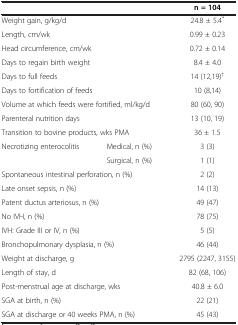
<table><thead><tr><td colspan="2"><b> </b></td><td><b>n = 104</b></td></tr></thead><tbody><tr><td colspan="2">Weight gain, g/kg/d</td><td>24.8 ± 5.4<sup>*</sup></td></tr><tr><td colspan="2">Length, cm/wk</td><td>0.99 ± 0.23</td></tr><tr><td colspan="2">Head circumference, cm/wk</td><td>0.72 ± 0.14</td></tr><tr><td colspan="2">Days to regain birth weight</td><td>8.4 ± 4.0</td></tr><tr><td colspan="2">Days to full feeds</td><td>14 (12,19)<sup>†</sup></td></tr><tr><td colspan="2">Days to fortification of feeds</td><td>10 (8,14)</td></tr><tr><td colspan="2">Volume at which feeds were fortified, ml/kg/d</td><td>80 (60, 90)</td></tr><tr><td colspan="2">Parenteral nutrition days</td><td>13 (10, 19)</td></tr><tr><td colspan="2">Transition to bovine products, wks PMA</td><td>36 ± 1.5</td></tr><tr><td>Necrotizing enterocolitis</td><td>Medical, n (%)</td><td>3 (3)</td></tr><tr><td> </td><td>Surgical, n (%)</td><td>1 (1)</td></tr><tr><td colspan="2">Spontaneous intestinal perforation, n (%)</td><td>2 (2)</td></tr><tr><td colspan="2">Late onset sepsis, n (%)</td><td>14 (13)</td></tr><tr><td colspan="2">Patent ductus arteriosus, n (%)</td><td>49 (47)</td></tr><tr><td colspan="2">No IVH, n (%)</td><td>78 (75)</td></tr><tr><td colspan="2">IVH: Grade III or IV, n (%)</td><td>5 (5)</td></tr><tr><td colspan="2">Bronchopulmonary dysplasia, n (%)</td><td>46 (44)</td></tr><tr><td colspan="2">Weight at discharge, g</td><td>2795 (2247, 3155)</td></tr><tr><td colspan="2">Length of stay, d</td><td>82 (68, 106)</td></tr><tr><td colspan="2">Post-menstrual age at discharge, wks</td><td>40.8 ± 6.0</td></tr><tr><td colspan="2">SGA at birth, n (%)</td><td>22 (21)</td></tr><tr><td colspan="2">SGA at discharge or 40 weeks PMA, n (%)</td><td>45 (43)</td></tr></tbody></table>